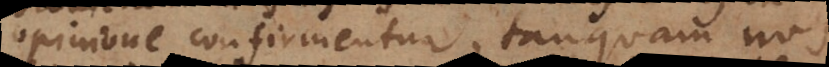
opinione confirmentur, tanquam nos